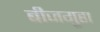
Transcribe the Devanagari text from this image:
बीजगुहा